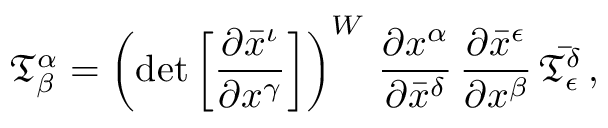
{ \mathfrak { T } } _ { \beta } ^ { \alpha } = \left( \operatorname* { d e t } { \left[ { \frac { \partial { \bar { x } } ^ { \iota } } { \partial { x } ^ { \gamma } } } \right] } \right) ^ { W } \, { \frac { \partial { x } ^ { \alpha } } { \partial { \bar { x } } ^ { \delta } } } \, { \frac { \partial { \bar { x } } ^ { \epsilon } } { \partial { x } ^ { \beta } } } \, { \bar { \mathfrak { T } } } _ { \epsilon } ^ { \delta } \, ,